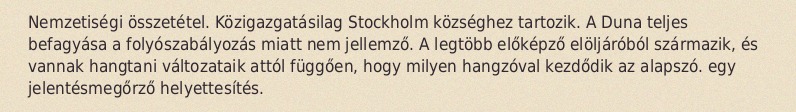
Nemzetiségi összetétel. Közigazgatásilag Stockholm községhez tartozik. A Duna teljes befagyása a folyószabályozás miatt nem jellemző. A legtöbb előképző elöljáróból származik, és vannak hangtani változataik attól függően, hogy milyen hangzóval kezdődik az alapszó. egy jelentésmegőrző helyettesítés.